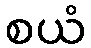
စယံ